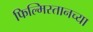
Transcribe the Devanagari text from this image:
फिल्मिस्तानच्या